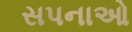
સપનાઓ